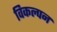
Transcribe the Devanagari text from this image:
विकल्पन